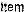
ITEM